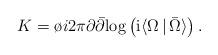
LaTeX: \begin{align*}K= \o{i}{2\pi} \partial \bar \partial \mbox{log}\left ({\rm i}\langle \Omega \, \vert \, \bar \Omega\rangle \right ) .\end{align*}